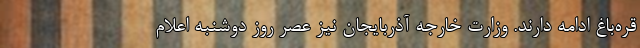
قره‌باغ ادامه دارند. وزارت خارجه آذربایجان نیز عصر روز دوشنبه اعلام